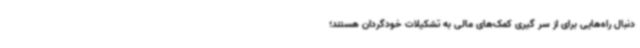
دنبال راه‌هایی برای از سر گیری کمک‌های مالی به تشکیلات خودگردان هستند؛